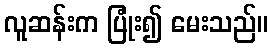
လူဆန်းက ပြုံး၍ မေးသည်။